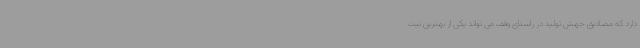
دارد که مصادیق جهش تولید در راستای وقف می تواند یکی از بهترین نیت